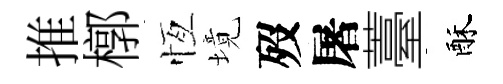
推槨恆境歿屠薹酥